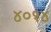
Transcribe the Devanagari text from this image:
४०१४